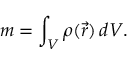
m = \int _ { V } \rho ( { \vec { r } } ) \, d V .